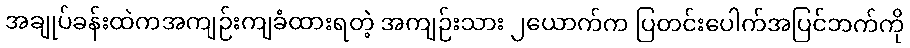
အချုပ်ခန်းထဲကအကျဉ်းကျခံထားရတဲ့ အကျဉ်းသား ၂ယောက်က ပြတင်းပေါက်အပြင်ဘက်ကို